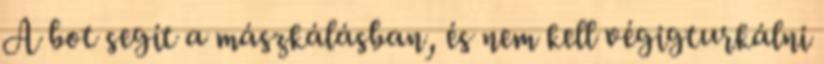
A bot segít a mászkálásban, és nem kell végigturkálni